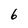
Character: 6